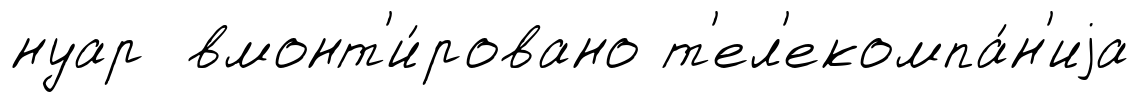
нуар вмонт'и́ровано т'ел'екомпа́н'иjа